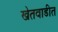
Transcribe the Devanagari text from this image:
खेतवाडीत